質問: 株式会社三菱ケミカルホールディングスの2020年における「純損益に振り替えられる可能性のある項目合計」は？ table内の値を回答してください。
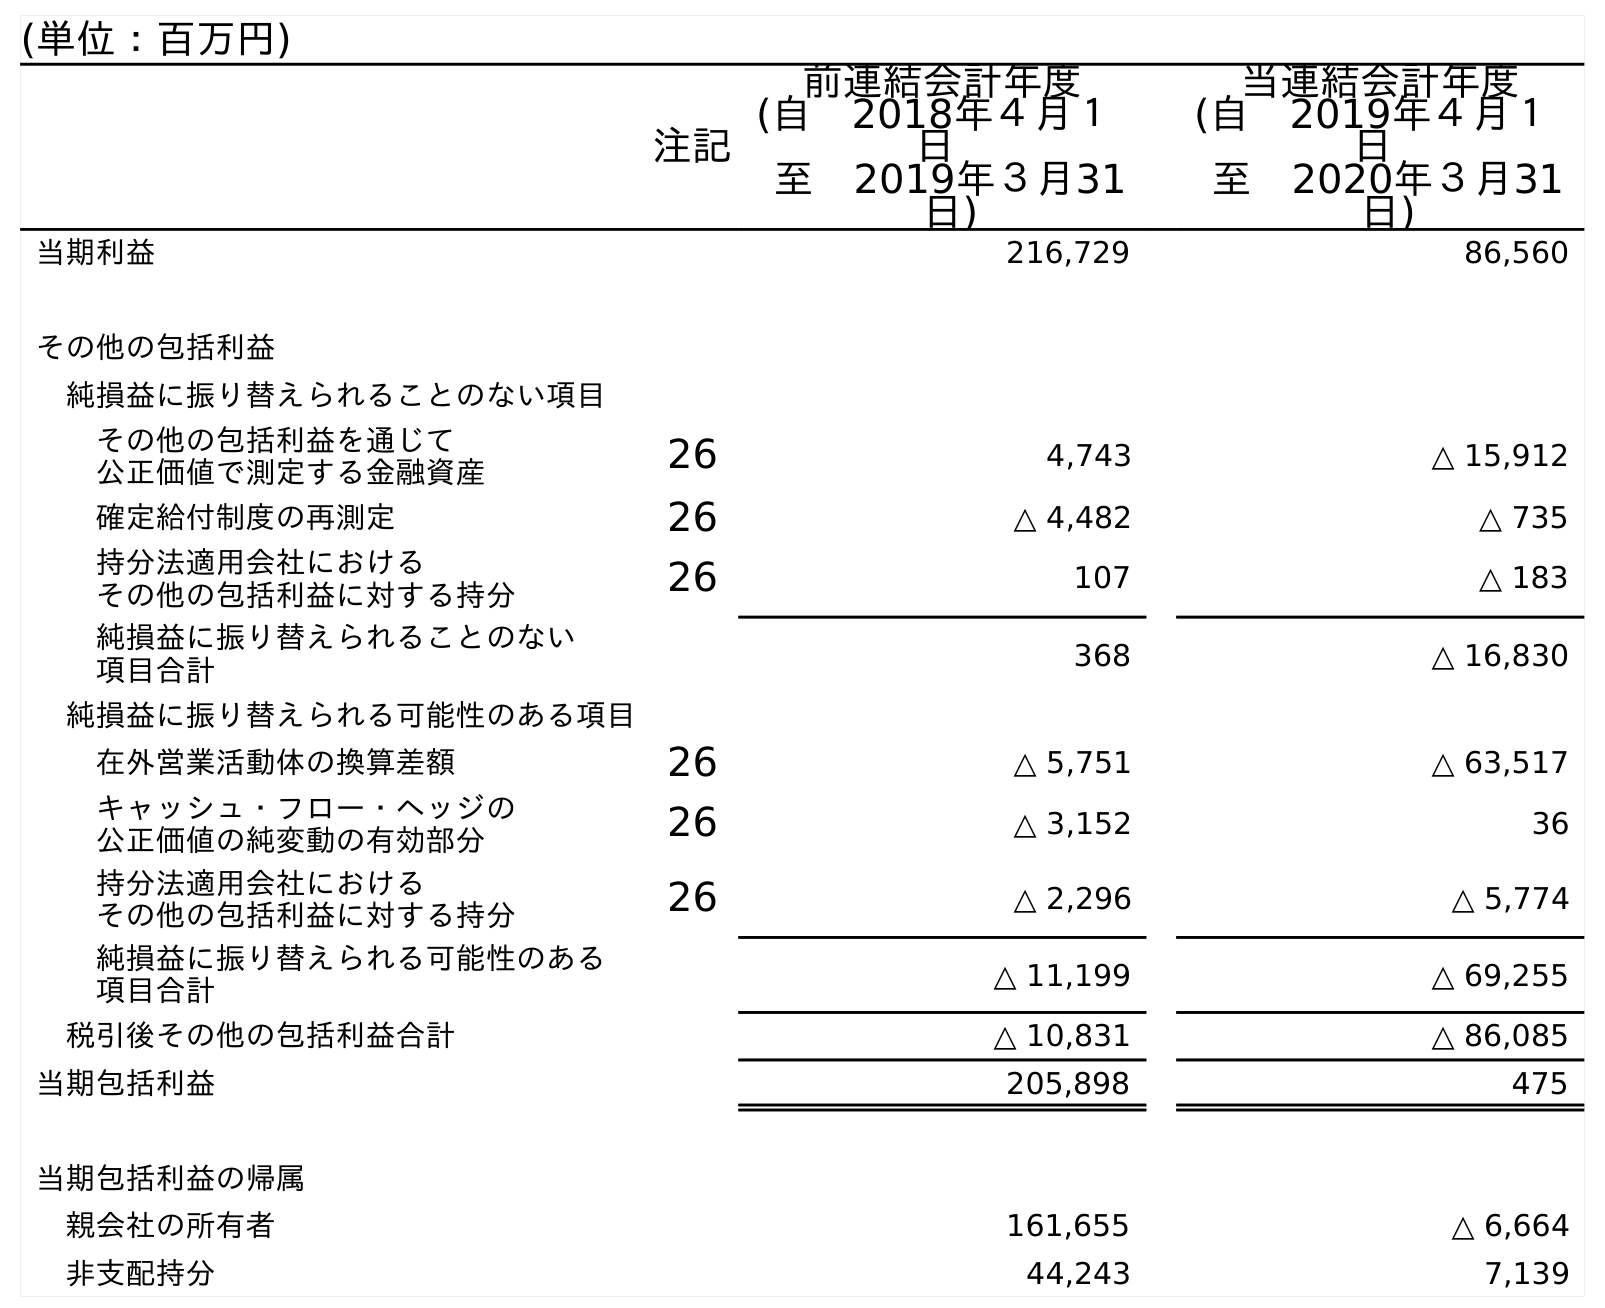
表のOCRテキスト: (単位：百万円) 注記 前連結会計年度 (自 2018年４月１ 日 至 2019年３月31 日) 当連結会計年度 (自 2019年４月１ 日 至 2020年３月31 日) 当期利益 216,729 86,560 その他の包括利益 純損益に振り替えられることのない項目 その他の包括利益を通じて 公正価値で測定する金融資産 26 4,743 △ 15,912 確定給付制度の再測定 26 △ 4,482 △ 735 持分法適用会社における その他の包括利益に対する持分 26 107 △ 183 純損益に振り替えられることのない 項目合計 368 △ 16,830 純損益に振り替えられる可能性のある項目 在外営業活動体の換算差額 26 △ 5,751 △ 63,517 キャッシュ・フロー・ヘッジの 公正価値の純変動の有効部分 26 △ 3,152 36 持分法適用会社における その他の包括利益に対する持分 26 △ 2,296 △ 5,774 純損益に振り替えられる可能性のある 項目合計 △ 11,199 △ 69,255 税引後その他の包括利益合計 △ 10,831 △ 86,085 当期包括利益 205,898 475 当期包括利益の帰属 親会社の所有者 161,655 △ 6,664 非支配持分 44,243 7,139
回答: △69,255